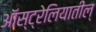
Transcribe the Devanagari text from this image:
ऑस्ट्रेलियातील्